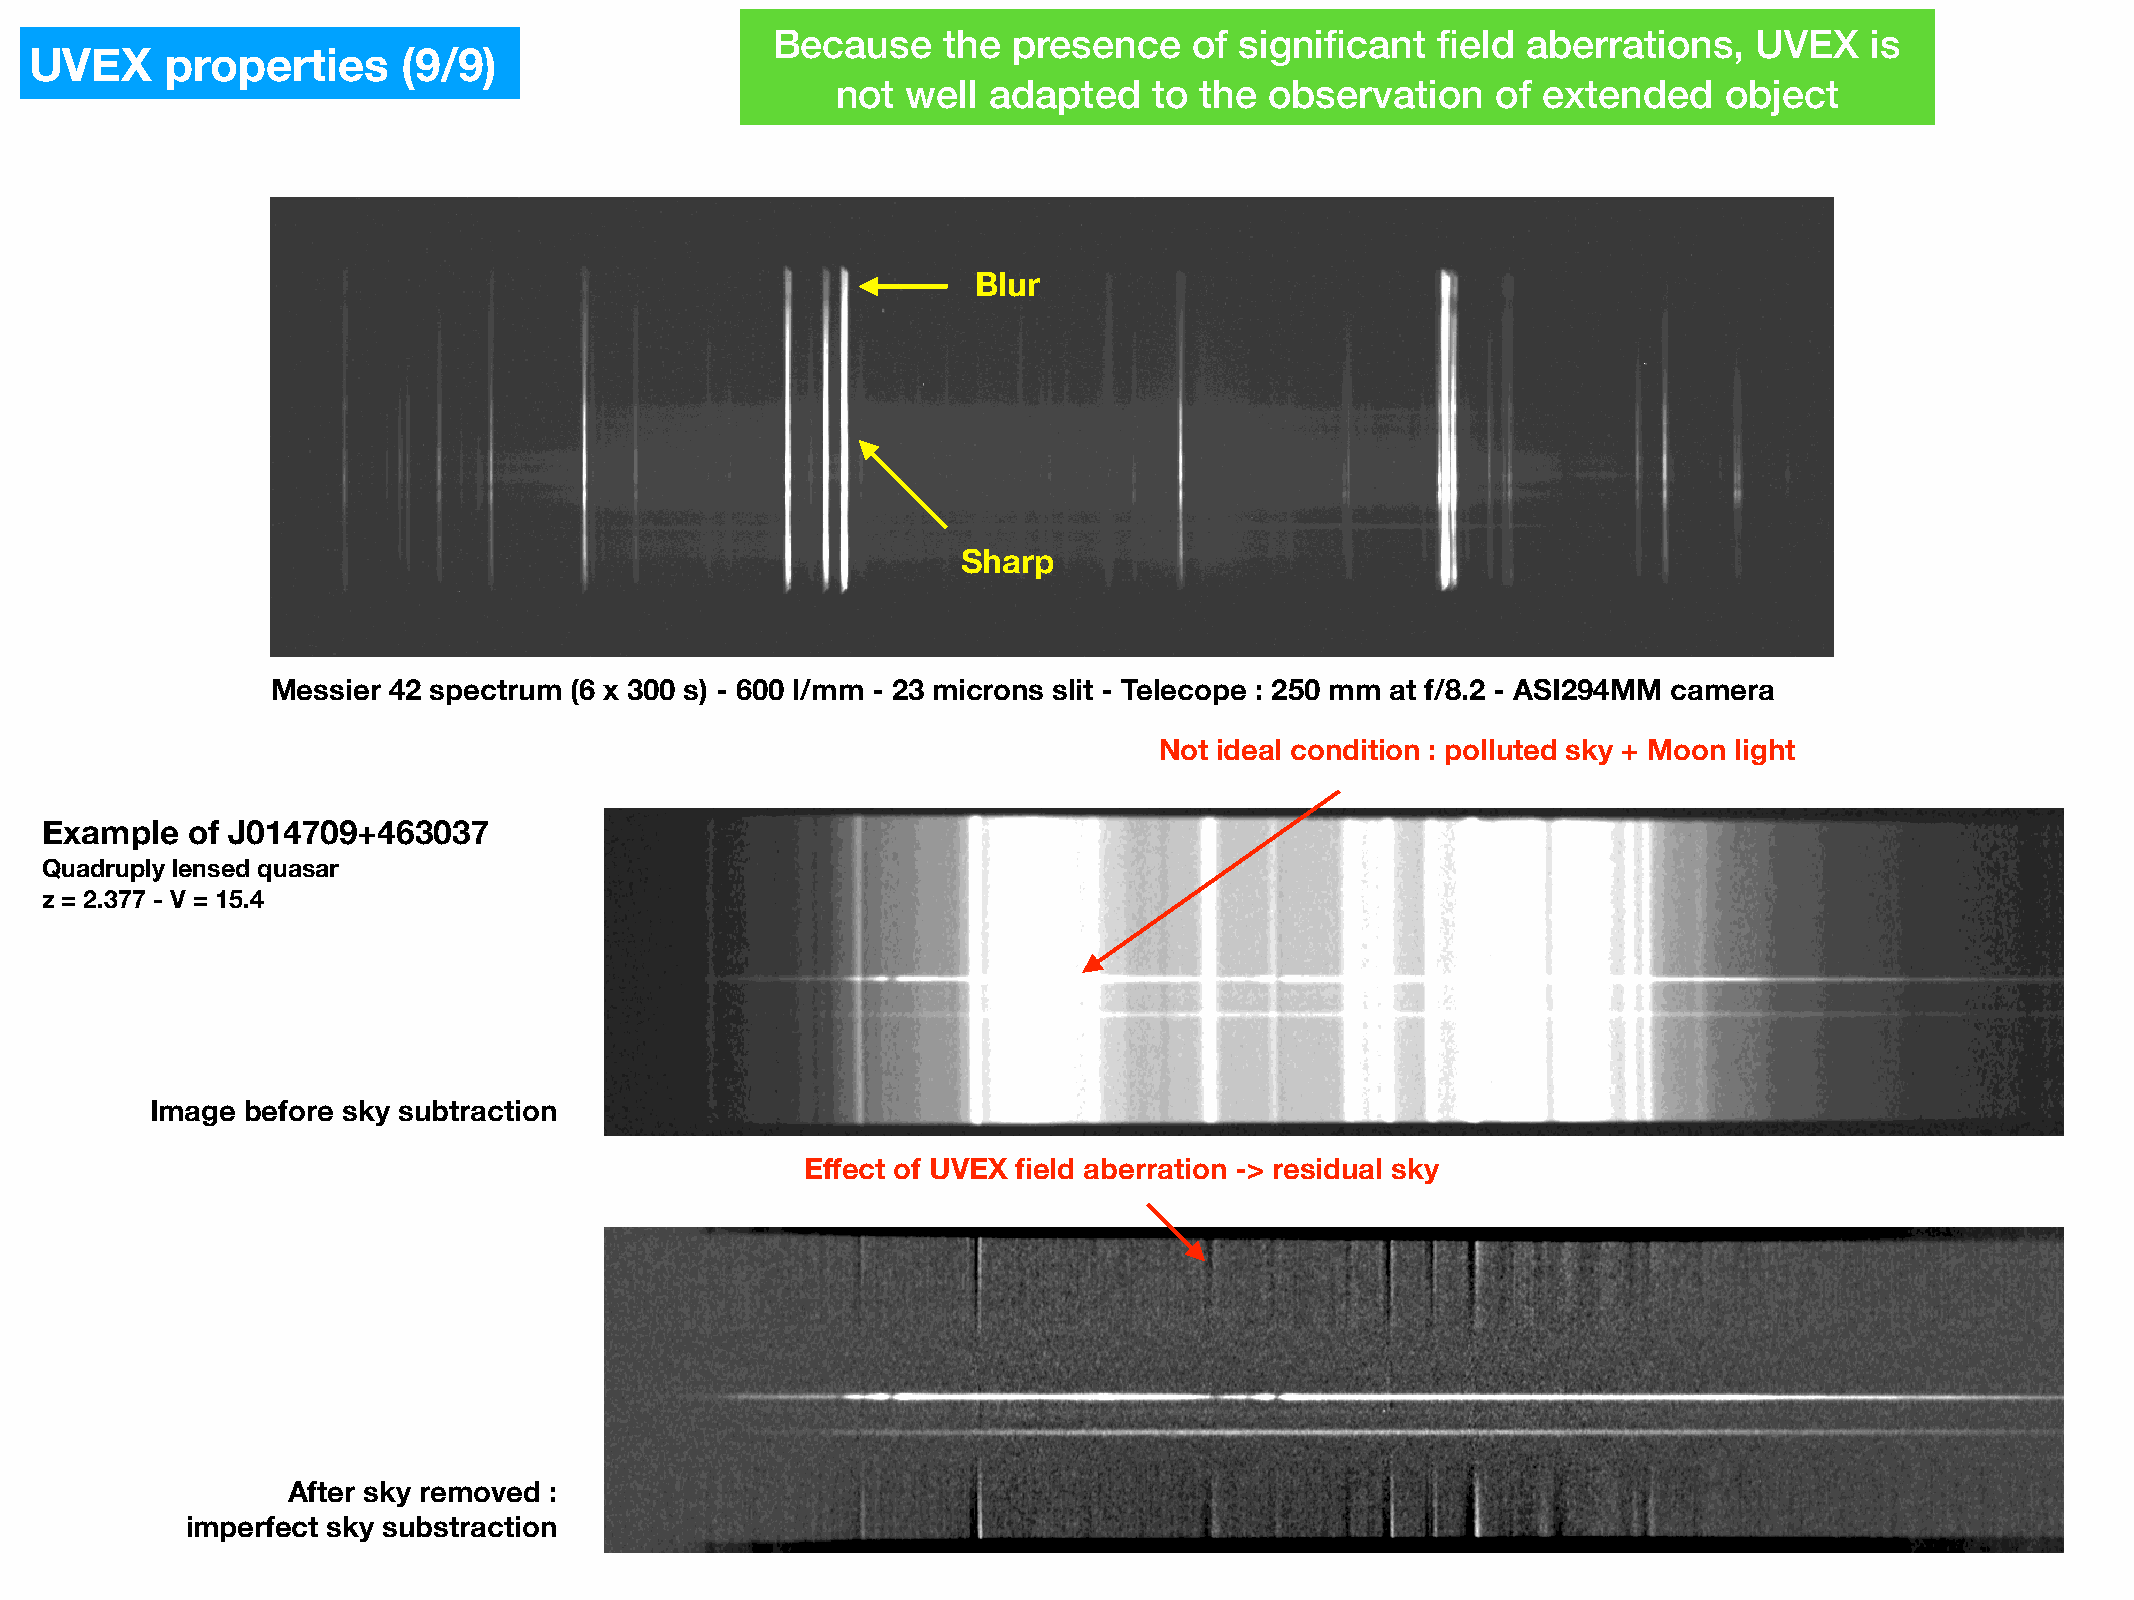
Because    the  presence    of significant  field aberrations,   UVEX    is
 UVEX     properties      (9/9)
 not  well adapted    to the  observation    of extended    object
 Blur
 Sharp
 Messier 42 spectrum (6 x 300 s) - 600 l/mm - 23 microns slit - Telecope : 250 mm at f/8.2 - ASI294MM camera
 Not ideal condition : polluted sky + Moon light
 Example  of J014709+463037
 Quadruply lensed quasar
 z = 2.377 - V = 15.4
 Image before sky subtraction
 Effect of UVEX field aberration -> residual sky
 After sky removed :
 imperfect sky substraction